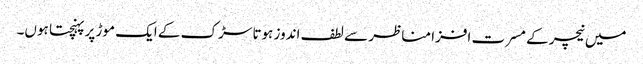
میں نیچر کے مسرت افزا مناظر سے لطف اندوز ہوتا سڑک کے ایک موڑ پر پہنچتا ہوں۔